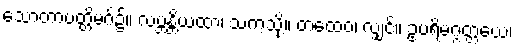
သောတာပတ္တိမဂ်၌။ လဗ္ဘန္တိယထာ၊ သကဲ့သို့။ တထေဝ၊ လျှင်။ ဥပရိမဂ္ဂတ္တယေ၊